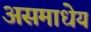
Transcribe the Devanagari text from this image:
असमाधेय